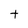
Character: t